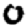
Digit: 0